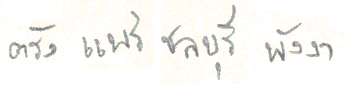
ตรังแพร่ชลบุรีพังงา